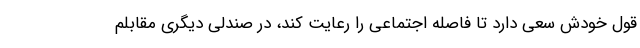
قول خودش سعی دارد تا فاصله اجتماعی را رعایت کند، در صندلی دیگری مقابلم